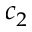
c _ { 2 }